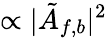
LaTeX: \propto\vert\tilde{A}_{f,b}\vert^{2}